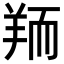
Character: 𦎂